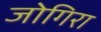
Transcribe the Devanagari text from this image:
जोगिरा